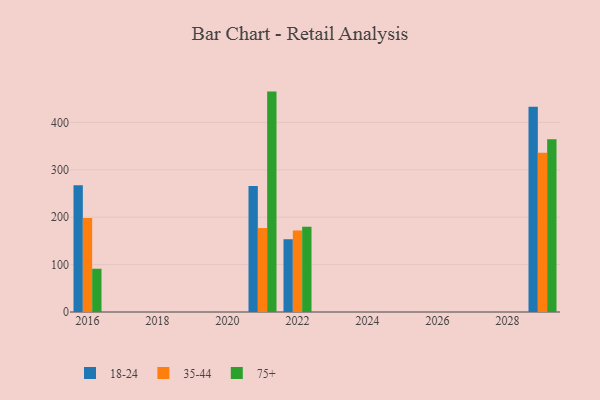
{"axis": {"x": "Year", "y": "Population (Million)"}, "legend": ["18-24", "35-44", "75+"], "data": [{"x": "2016", "y": 267.3, "type": "18-24"}, {"x": "2016", "y": 198.4, "type": "35-44"}, {"x": "2016", "y": 91.3, "type": "75+"}, {"x": "2021", "y": 265.9, "type": "18-24"}, {"x": "2021", "y": 177.1, "type": "35-44"}, {"x": "2021", "y": 465.0, "type": "75+"}, {"x": "2029", "y": 432.8, "type": "18-24"}, {"x": "2029", "y": 335.9, "type": "35-44"}, {"x": "2029", "y": 364.5, "type": "75+"}, {"x": "2022", "y": 153.5, "type": "18-24"}, {"x": "2022", "y": 172.0, "type": "35-44"}, {"x": "2022", "y": 180.0, "type": "75+"}]}